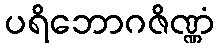
ပရိဘောဂဇိဏ္ဏံ